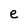
Character: e